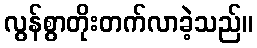
လွန်စွာတိုးတက်လာခဲ့သည်။